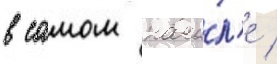
в самом нача́л'е /